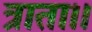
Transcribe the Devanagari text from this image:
त्राता।।